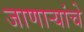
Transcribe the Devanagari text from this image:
जाणाऱ्यांचे